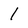
Character: 1